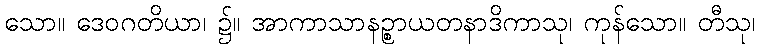
သော။ ဒေဝဂတိယာ၊ ၌။ အာကာသာနဉ္စာယတနာဒိကာသု၊ ကုန်သော။ တီသု၊